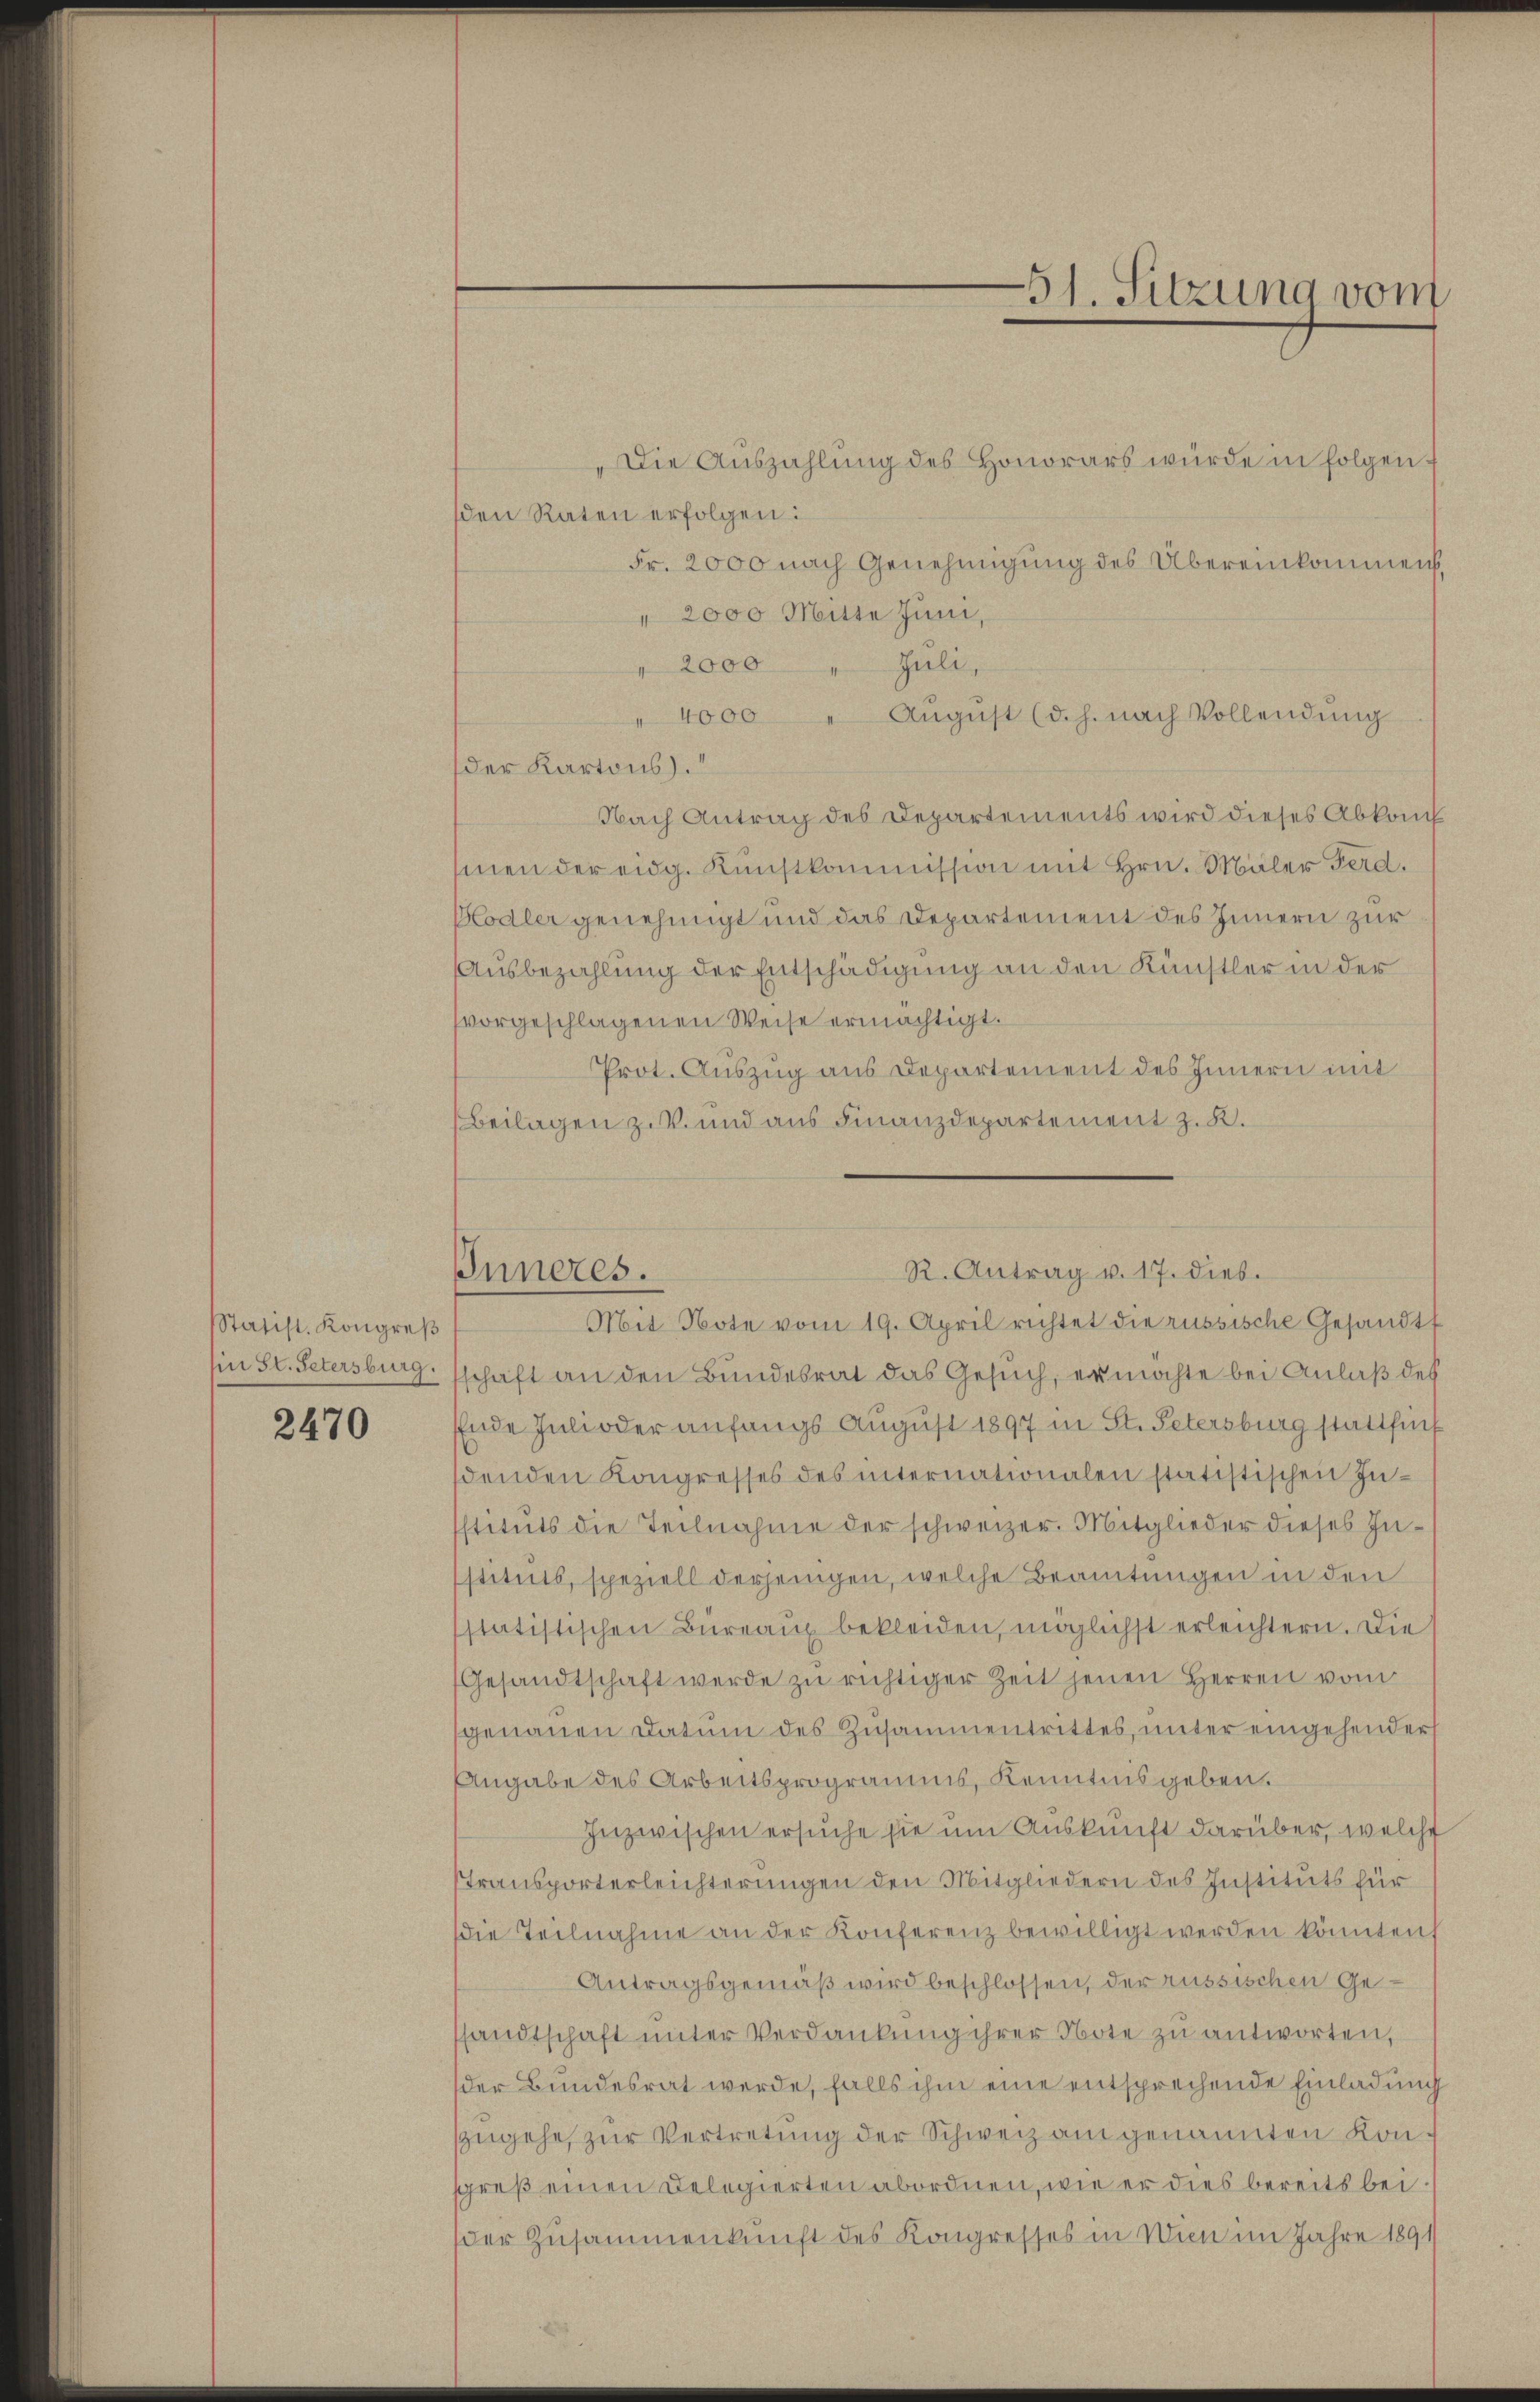
Statist. Kongreß
n St. Petersburg.

2470

Inneres.

Die Auszahlung des Honorars würde in folgen f
sden Raten erfolgen:
Fr. 2000 nach Genehmigung des Übereinkommen
" 2000 Mitte Juni,
Juli,
2000
August (d. h. nach Vollendung
 4000
der Kartons).
Nach Antrag des Departements wird dieses Abkom
smen der eidg. Kunstkommission mit Hrn. Müler Ferd.
Hodler genehmigt und das Departement des Innern zur
Ausbezahlung der Entschädigung an den Künstler in der
vorgeschlagenen Weise ermächtigt.
Prot. Auszug aus Departement des Innern mit
Beilagen ziv. und aus Finanzdepartement z. K.
schaft an den Bundesrat das Gesuch, er möchte bei Anlaß des
Ende Inloder anfangs August 1897 in St. Petersburg stattfunf
denden Kongresses des internationalen statistischen Instituts die Teilnahme der schweizer. Mitglieder dieses Instituts, speziell derjenigen, welche Beamtungen in den
statistischen Büreaux bekleiden, möglichst erleichtern. Die
Gesandtschaft werde zu richtiger Zeit jenen Herren vom
genauen Datum des Zusammentrittes, unter eingehender
Angabe des Arbeitsprogramms, Kenntnisgeben.
Inzwischen ersuche sie um Auskunft darüber, welche
Transporterleichterungen den Mitgliedern des Instituts für
die Teilnahme an der Konferenz bewilligt werden könnten
Antragsgemäß wird beschlossen, der russischen Gesandtschaft ŭnter Verdankŭng ihrer Note zu antworten,
der Bundesrat werde, falls ihm eine entsprechende Einladung
szugehe, zŭr Vertretung der Schweiz am genannten Konsgreß einen Delegierten abordnen, wie er dies bereits bei
der Zusammenkunft des Kongressos in Wien im Jahre 1891

51. Sitzung vom

R. Antrag v. 17. dies
Mit Note vom 19. April richtet die russische Gesandtf